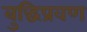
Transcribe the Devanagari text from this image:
बुद्धिप्रवण